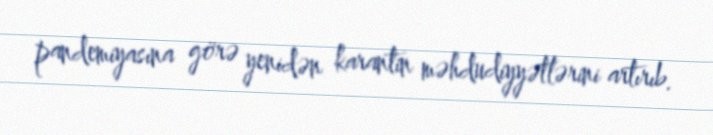
pandemiyasına görə yenidən karantin məhdudiyyətlərini artırıb.